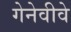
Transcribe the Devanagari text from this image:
गेनेवीवे